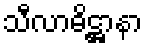
သီလာဓိဋ္ဌာနာ